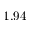
1 . 9 4